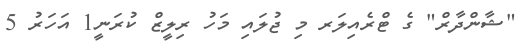
"ޝާންދާރް" ގެ ޓްރެއިލަރ މި ޖުލައި މަހު ރިލީޒް ކުރަނީ1 އަހަރު 5